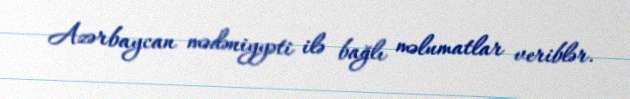
Azərbaycan mədəniyyəti ilə bağlı məlumatlar veriblər.